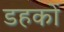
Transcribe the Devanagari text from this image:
डहकों